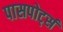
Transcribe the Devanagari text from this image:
पासपोर्ट्स